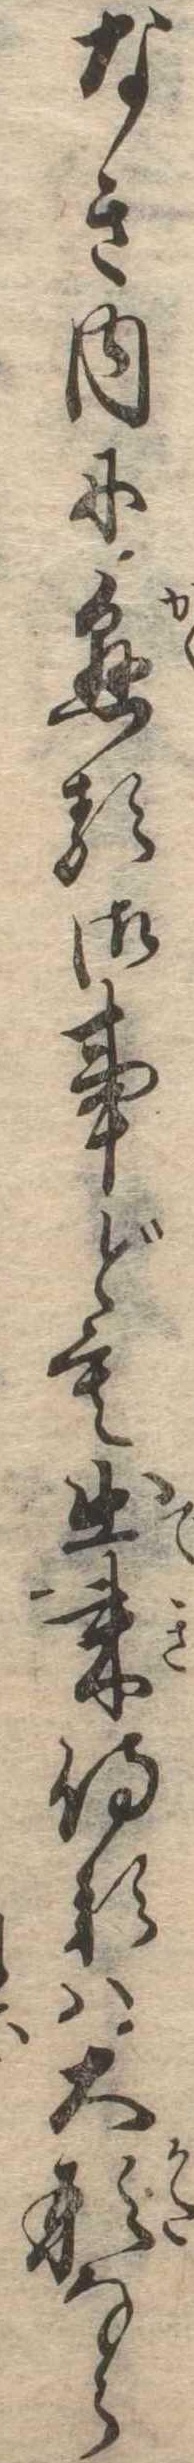
なき内に懸る御事ども出来侍るは大形なら